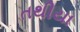
તથીયા